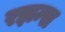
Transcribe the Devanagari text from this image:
रझन्स